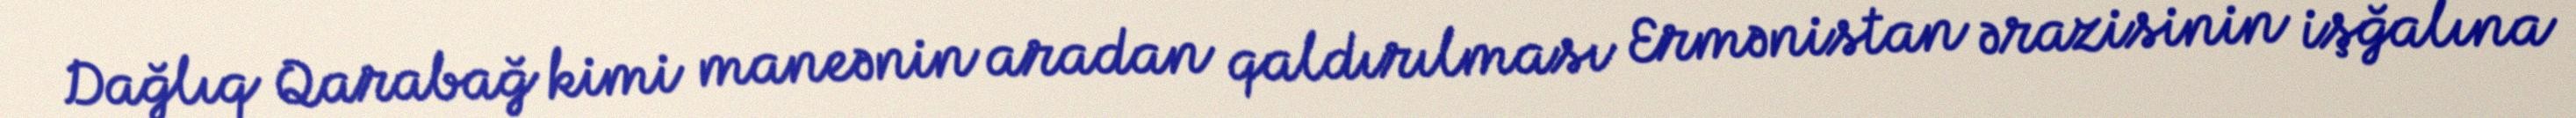
Dağlıq Qarabağ kimi maneənin aradan qaldırılması Ermənistan ərazisinin işğalına